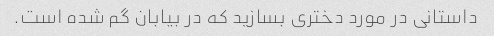
داستانی در مورد دختری بسازید که در بیابان گم شده است.